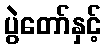
ပွဲတော်နှင့်